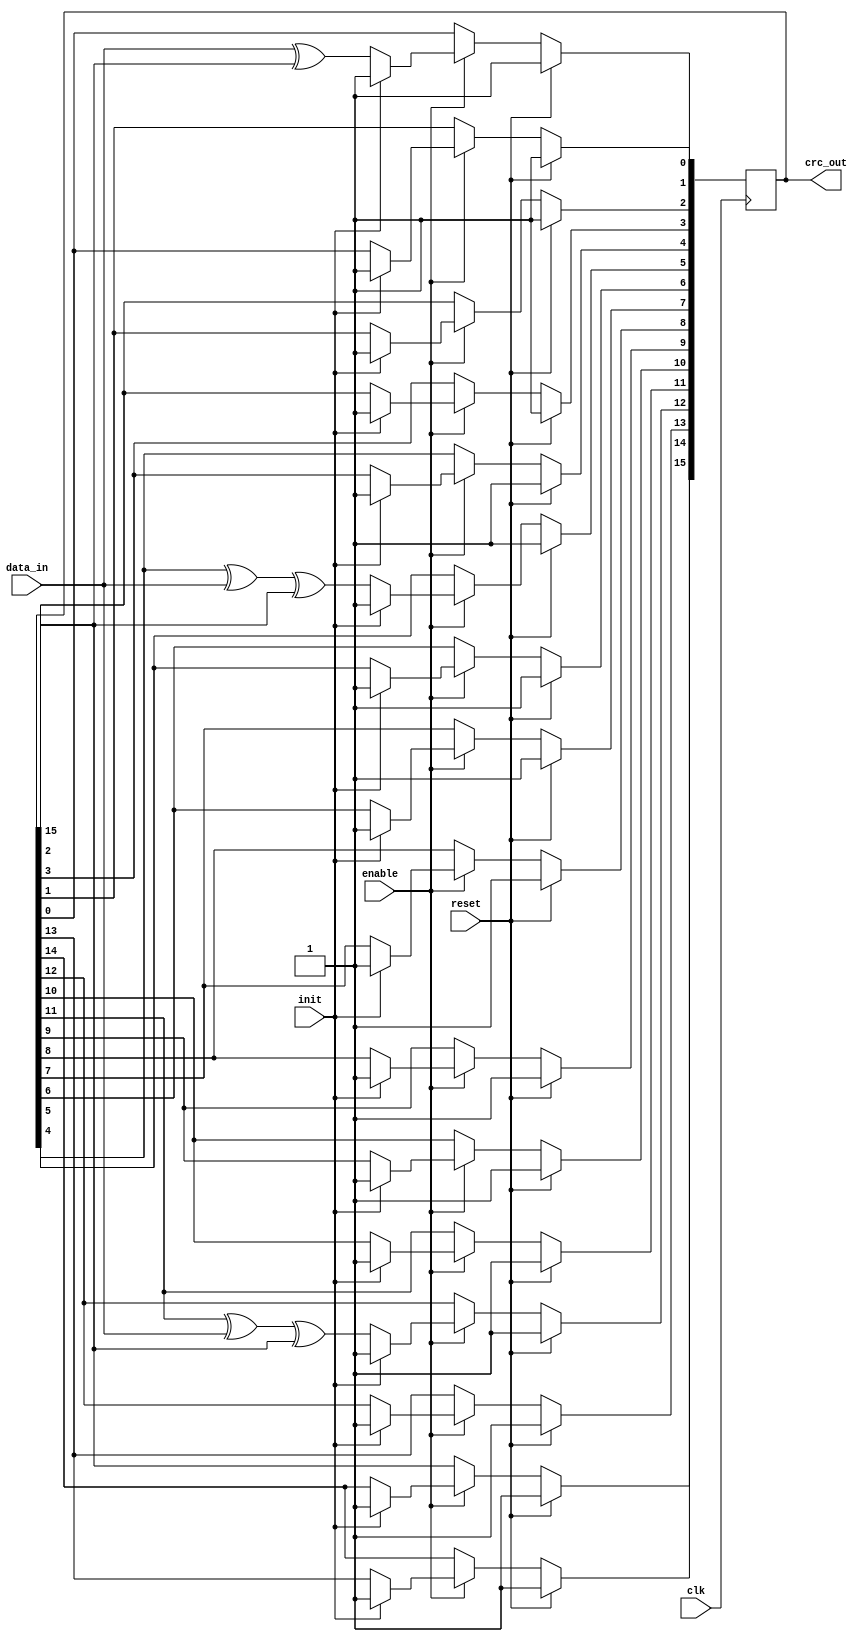
module serial_crc_ccitt (
clk     ,
reset   ,
enable  ,
init    , 
data_in , 
crc_out
);
//-----------Input Ports---------------
input clk     ;
input reset   ;
input enable  ;
input init    ;
input data_in ;
//-----------Output Ports---------------
output [15:0] crc_out;
//------------Internal Variables--------
reg   [15:0] lfsr;
//-------------Code Start-----------------
assign crc_out = lfsr;
// Logic to CRC Calculation
always @ (posedge clk)
if (reset) begin
  lfsr <= 16'hFFFF;
end else if (enable) begin
  if (init) begin
    lfsr <=  16'hFFFF;
  end else begin
    lfsr[0]  <= data_in ^ lfsr[15];
    lfsr[1]  <= lfsr[0];
    lfsr[2]  <= lfsr[1];
    lfsr[3]  <= lfsr[2];
    lfsr[4]  <= lfsr[3];
    lfsr[5]  <= lfsr[4] ^ data_in ^ lfsr[15];
    lfsr[6]  <= lfsr[5];
    lfsr[7]  <= lfsr[6];
    lfsr[8]  <= lfsr[7];
    lfsr[9]  <= lfsr[8];
    lfsr[10] <= lfsr[9];
    lfsr[11] <= lfsr[10];
    lfsr[12] <= lfsr[11] ^ data_in ^ lfsr[15];
    lfsr[13] <= lfsr[12];
    lfsr[14] <= lfsr[13];
    lfsr[15] <= lfsr[14];
  end
end 

endmodule